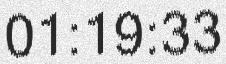
01:19:33